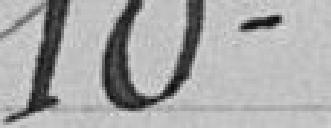
10°